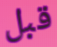
قبل